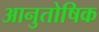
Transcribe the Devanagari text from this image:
आनुतोषिक